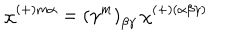
LaTeX: \chi ^ { ( + ) m \alpha } = \left( \gamma ^ { m } \right) _ { \beta \gamma } \, \chi ^ { ( + ) ( \alpha \beta \gamma ) }